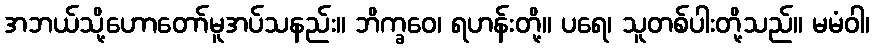
အဘယ်သို့ဟောတော်မူအပ်သနည်း။ ဘိက္ခဝေ၊ ရဟန်းတို့။ ပရေ၊ သူတစ်ပါးတို့သည်။ မမံဝါ၊